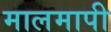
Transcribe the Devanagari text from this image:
मालमापी